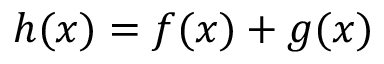
\begin{array} { r } { h ( \boldsymbol { x } ) = f ( \boldsymbol { x } ) + g ( \boldsymbol { x } ) } \end{array}